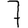
Digit: 7